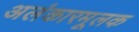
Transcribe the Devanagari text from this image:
अलंकारमूलक